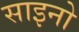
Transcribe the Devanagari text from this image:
साइनो